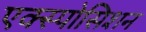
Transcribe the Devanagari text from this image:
एक्स्पोसिशन